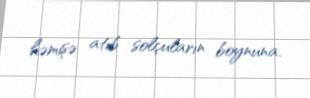
həmişə atıb solçuların boynuna.